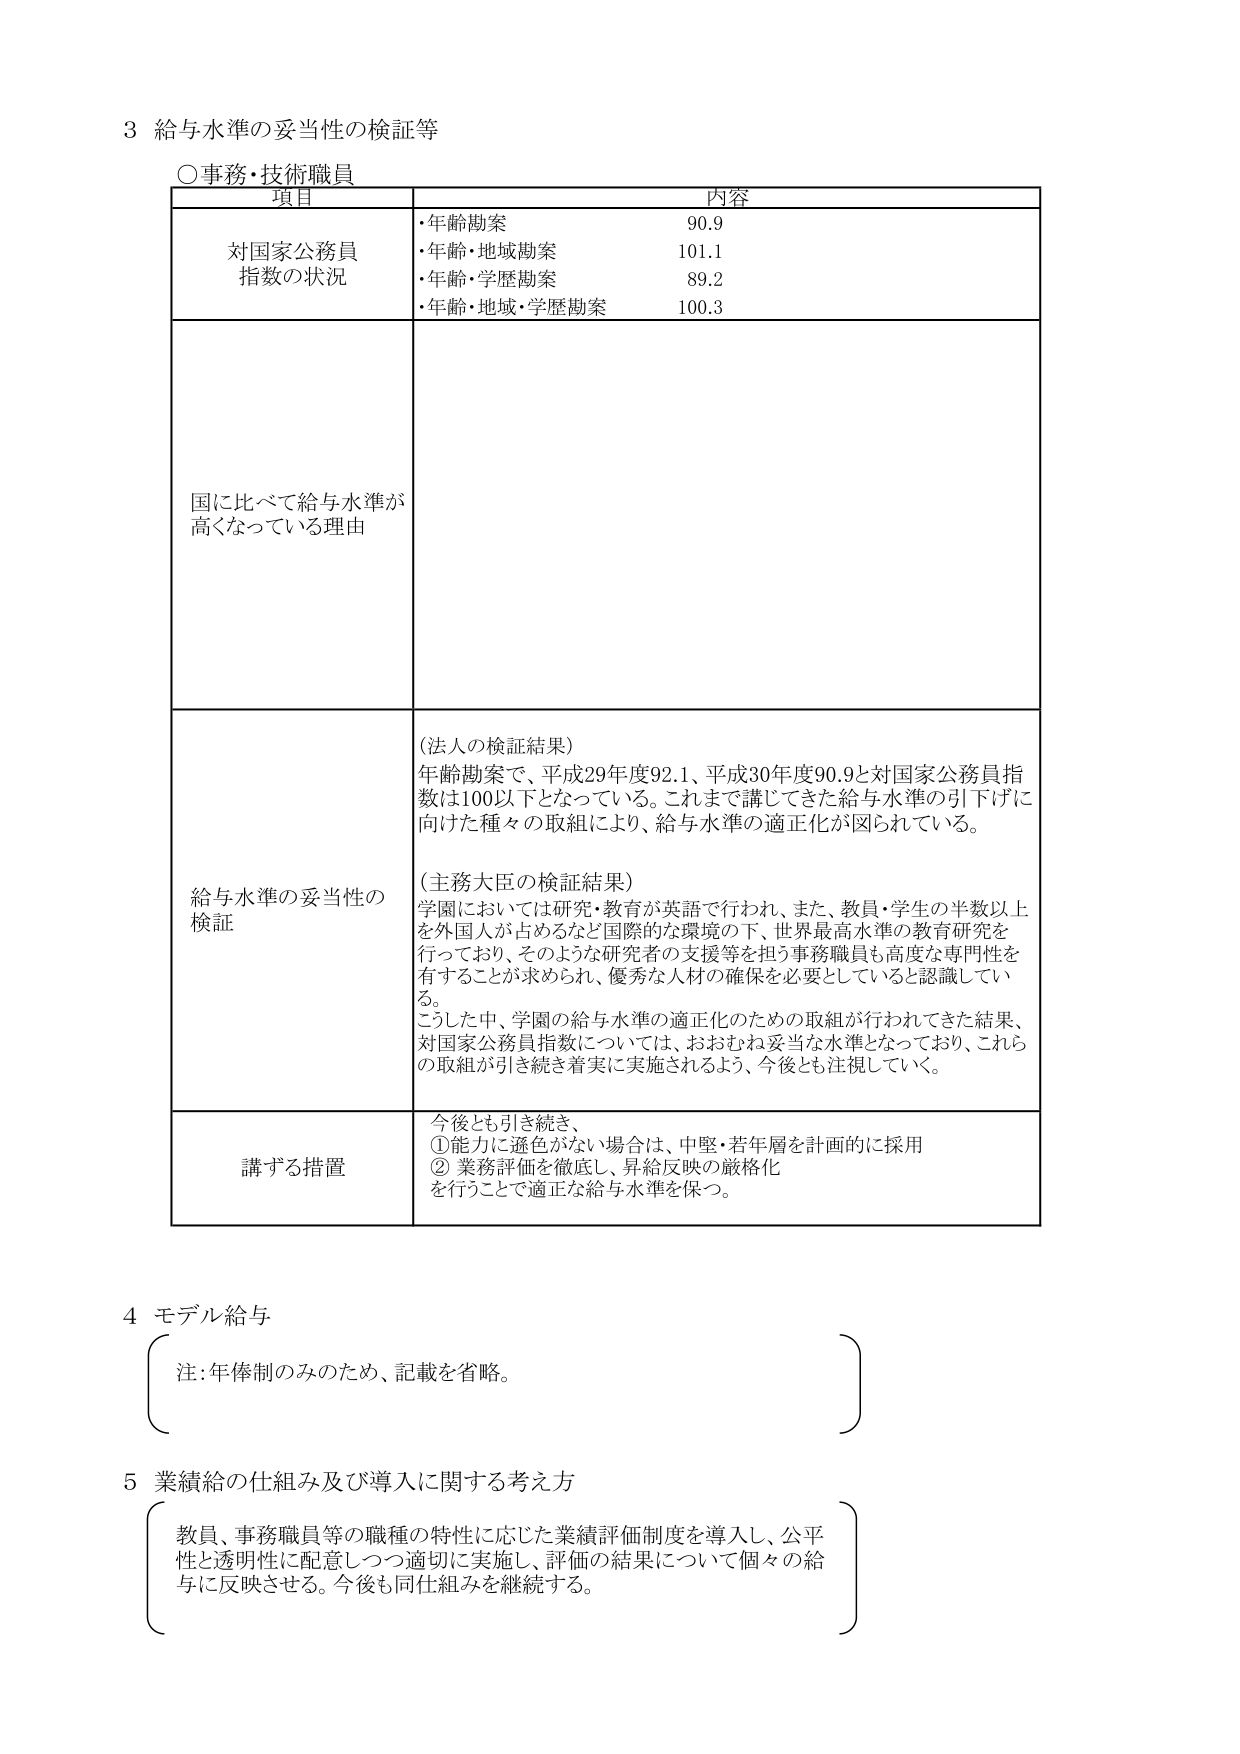
3 給与水準の妥当性の検証等

○事務・技術職員

項目 内容

対国家公務員指数の状況
・年齢勘案 90.9
・年齢・地域勘案 101.1
・年齢・学歴勘案 89.2
・年齢・地域・学歴勘案 100.3

国に比べて給与水準が高くなっている理由

給与水準の妥当性の検証
（法人の検証結果）
年齢勘案で、平成29年度92.1、平成30年度90.9と対国家公務員指数は100以下となっている。これまで講じてきた給与水準の引下げに向けた種々の取組により、給与水準の適正化が図られている。

（主務大臣の検証結果）
学園においては研究・教育が英語で行われ、また、教員・学生の半数以上を外国人が占めるなど国際的な環境の下、世界最高水準の教育研究を行っており、そのような研究者の支援等を担う事務職員も高度な専門性を有することが求められ、優秀な人材の確保を必要としていると認識している。
こうした中、学園の給与水準の適正化のための取組が行われてきた結果、対国家公務員指数については、おおむね妥当な水準となっており、これらの取組が引き続き着実に実施されるよう、今後とも注視していく。

講ずる措置
今後とも引き続き、
①能力に遜色がない場合は、中堅・若年層を計画的に採用
②業務評価を徹底し、昇給反映の厳格化
を行うことで適正な給与水準を保つ。

4 モデル給与
（注：年俸制のみのため、記載を省略。）

5 業績給の仕組み及び導入に関する考え方
教員、事務職員等の職種の特性に応じた業績評価制度を導入し、公平性と透明性に配意しつつ適切に実施し、評価の結果について個々の給与に反映させる。今後も同仕組みを継続する。